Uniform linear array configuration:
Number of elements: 32
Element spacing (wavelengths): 0.25
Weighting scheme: hamming
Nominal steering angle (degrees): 30
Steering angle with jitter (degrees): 30.012
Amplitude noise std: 0.05
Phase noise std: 0.05

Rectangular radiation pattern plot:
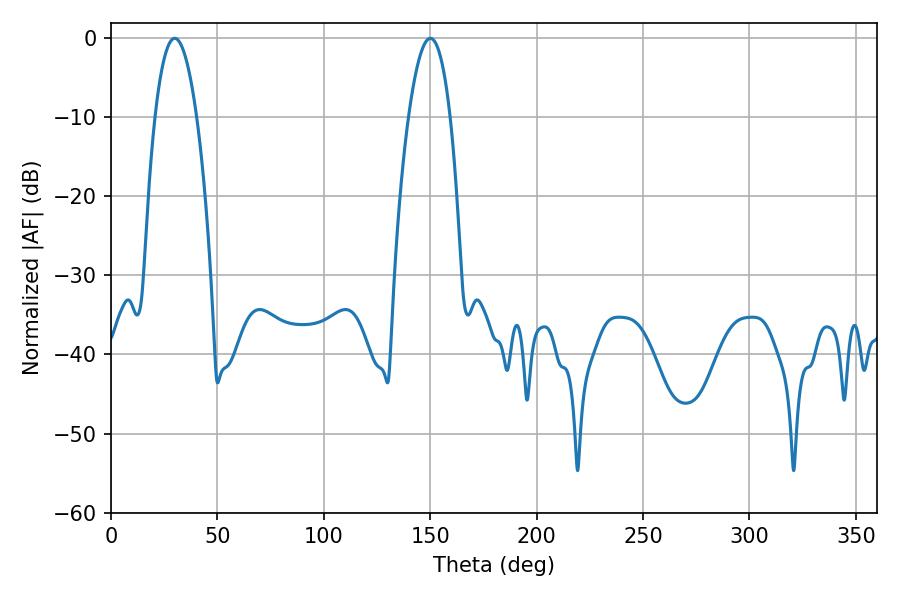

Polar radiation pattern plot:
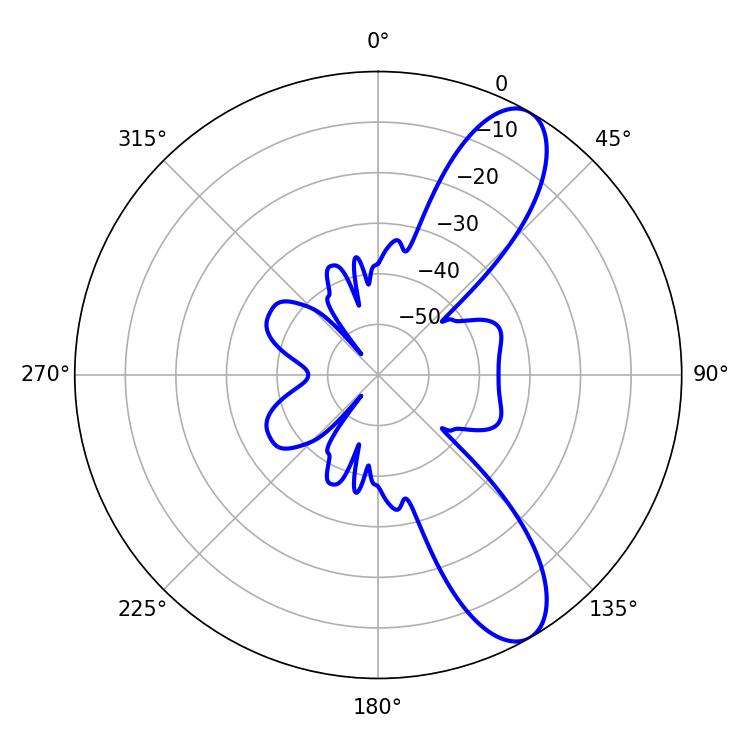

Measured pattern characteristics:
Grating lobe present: FALSE
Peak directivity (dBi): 9.93
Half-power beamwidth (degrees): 10.8
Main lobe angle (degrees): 29.88